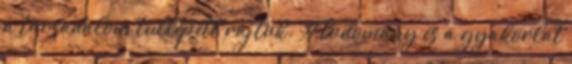
a társadalom túllépett rajtuk. A tudomány és a gyakorlat